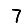
Digit: 7